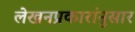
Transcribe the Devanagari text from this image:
लेखनप्रकारांनुसार